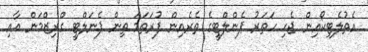
އެތުލެޓިކޯއިން ޖެހި ހަތަރު ޕެންލްޓީގެ ތެރެއިން ފުރަތަމަ ތިން ޕެނަލްޓީ ގްރިޒްމަން އާއި